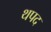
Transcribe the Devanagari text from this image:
थपद